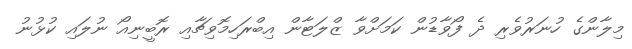
މިލާންގެ ހުނަރުވެރި ދެ ފޯވާޑުން ކަމަށްވާ ޒްލަޓާން އިބްރަހިމޮވިޗާއި ރޮބީނިއޯ ނުލައި ކުޅުނު